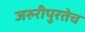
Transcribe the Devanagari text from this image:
जरुरीपुरतेच